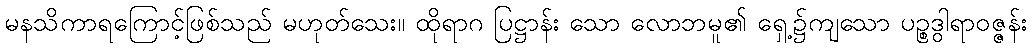
မနသိကာရကြောင့်ဖြစ်သည် မဟုတ်သေး။ ထိုရာဂ ပြဋ္ဌာန်း သော လောဘမူ၏ ရှေ့၌ကျသော ပဉ္စဒွါရာဝဇ္ဇန်း